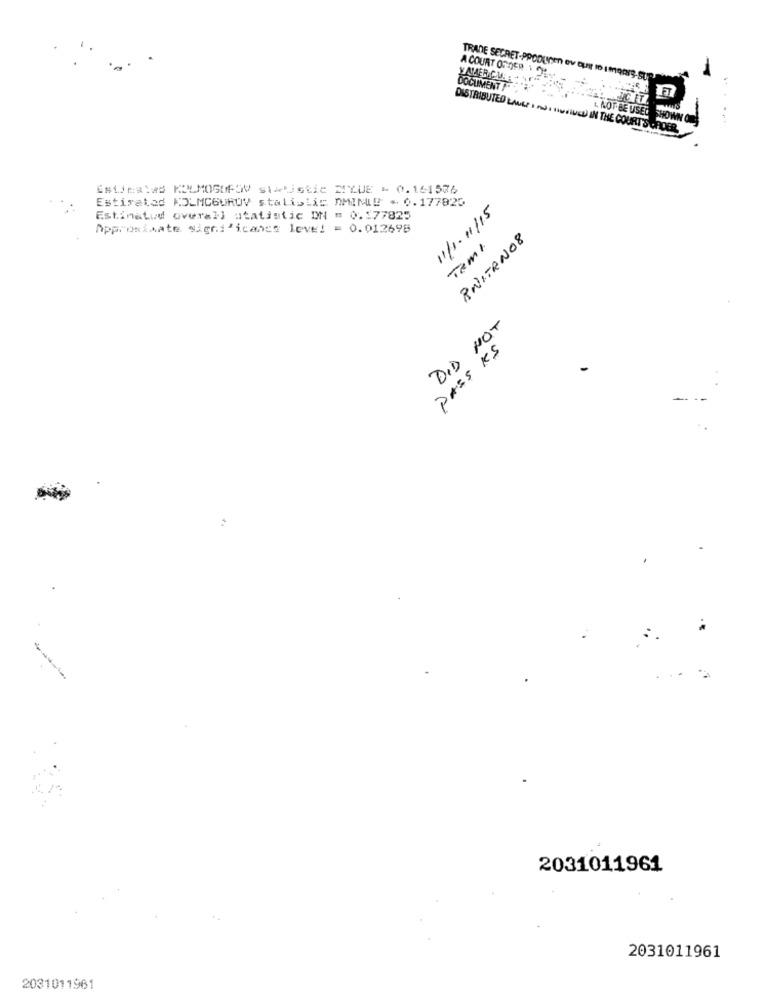
A COURT ORDER 1 .
YAMERCIER
DOCUMENT /
L. NOT BE USED
DISTRIBUTED LANCE I ANI HINFILED IN THE COURT'S
Esticalas KOLMOGOFOV statistic DILUE - 0.16157%
Estimated KOLMCGUROV stalislic DMIMIE . 0.177825
11/1.11/15
Estinatud overall statistic DN = 0.177825
Approximate significancs leve! = 0.012698
TemI
RNITAN0 8
DID NOT
PASS KS
2031011961
2031011961
2031011961